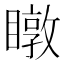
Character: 𥋆